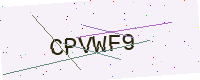
Text: CPVWF9